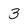
Character: 3